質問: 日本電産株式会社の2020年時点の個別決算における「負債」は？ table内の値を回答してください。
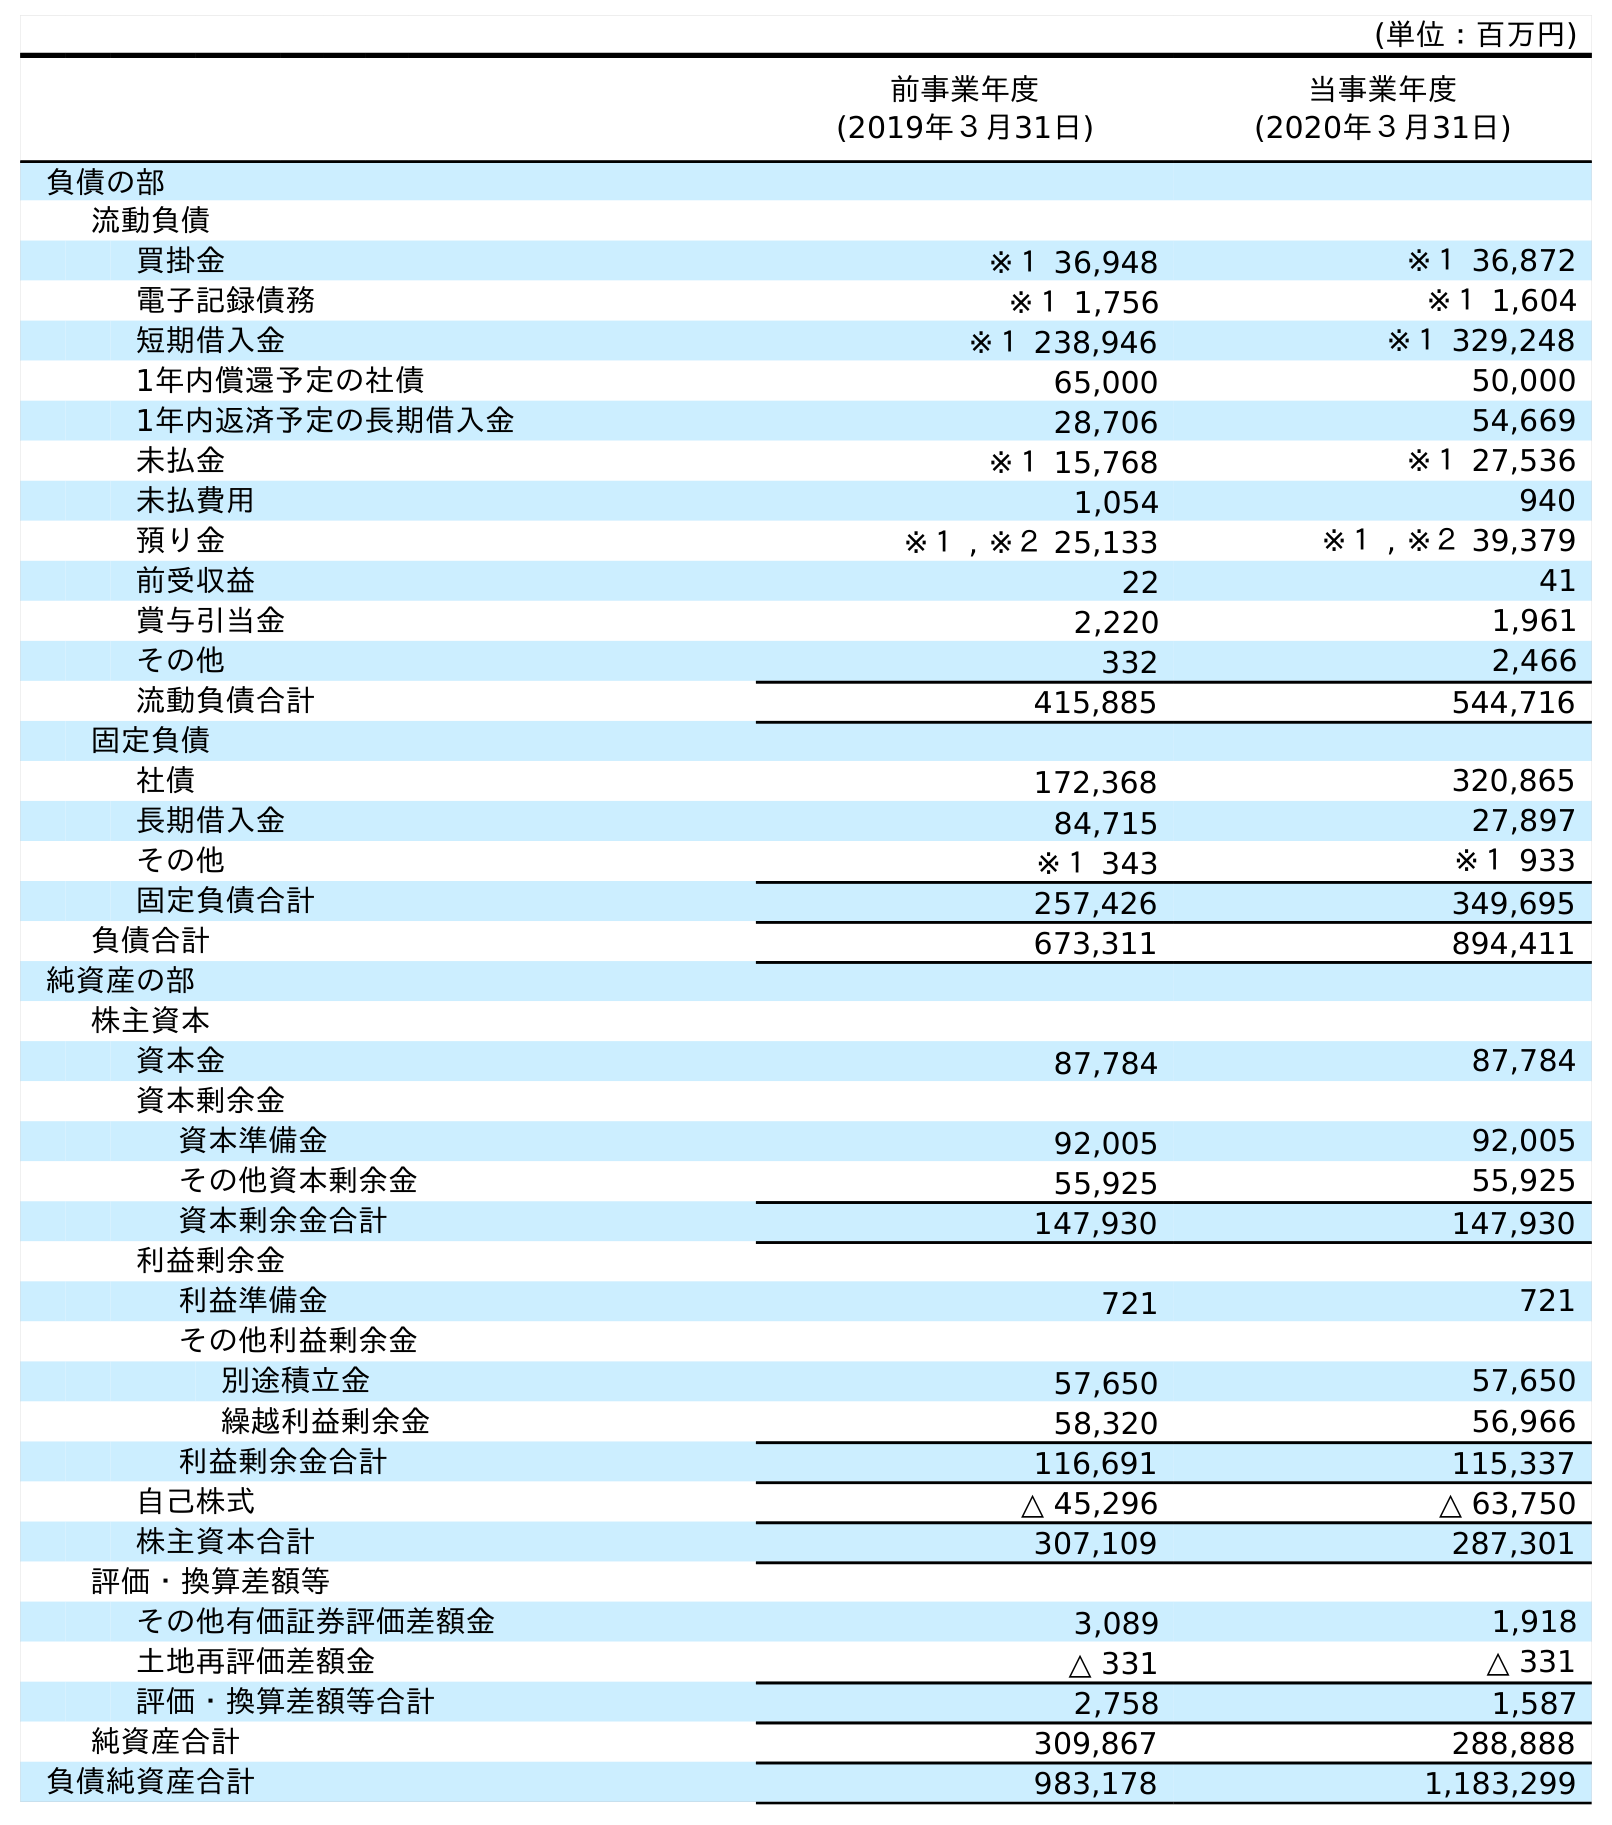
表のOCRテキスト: (単位：百万円) 前事業年度 (2019年３月31日) 当事業年度 (2020年３月31日) 負債の部 流動負債 買掛金 ※１ 36,948 ※１ 36,872 電子記録債務 ※１ 1,756 ※１ 1,604 短期借入金 ※１ 238,946 ※１ 329,248 1年内償還予定の社債 65,000 50,000 1年内返済予定の長期借入金 28,706 54,669 未払金 ※１ 15,768 ※１ 27,536 未払費用 1,054 940 預り金 ※１ , ※２ 25,133 ※１ , ※２ 39,379 前受収益 22 41 賞与引当金 2,220 1,961 その他 332 2,466 流動負債合計 415,885 544,716 固定負債 社債 172,368 320,865 長期借入金 84,715 27,897 その他 ※１ 343 ※１ 933 固定負債合計 257,426 349,695 負債合計 673,311 894,411 純資産の部 株主資本 資本金 87,784 87,784 資本剰余金 資本準備金 92,005 92,005 その他資本剰余金 55,925 55,925 資本剰余金合計 147,930 147,930 利益剰余金 利益準備金 721 721 その他利益剰余金 別途積立金 57,650 57,650 繰越利益剰余金 58,320 56,966 利益剰余金合計 116,691 115,337 自己株式 △ 45,296 △ 63,750 株主資本合計 307,109 287,301 評価・換算差額等 その他有価証券評価差額金 3,089 1,918 土地再評価差額金 △ 331 △ 331 評価・換算差額等合計 2,758 1,587 純資産合計 309,867 288,888 負債純資産合計 983,178 1,183,299
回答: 894,411